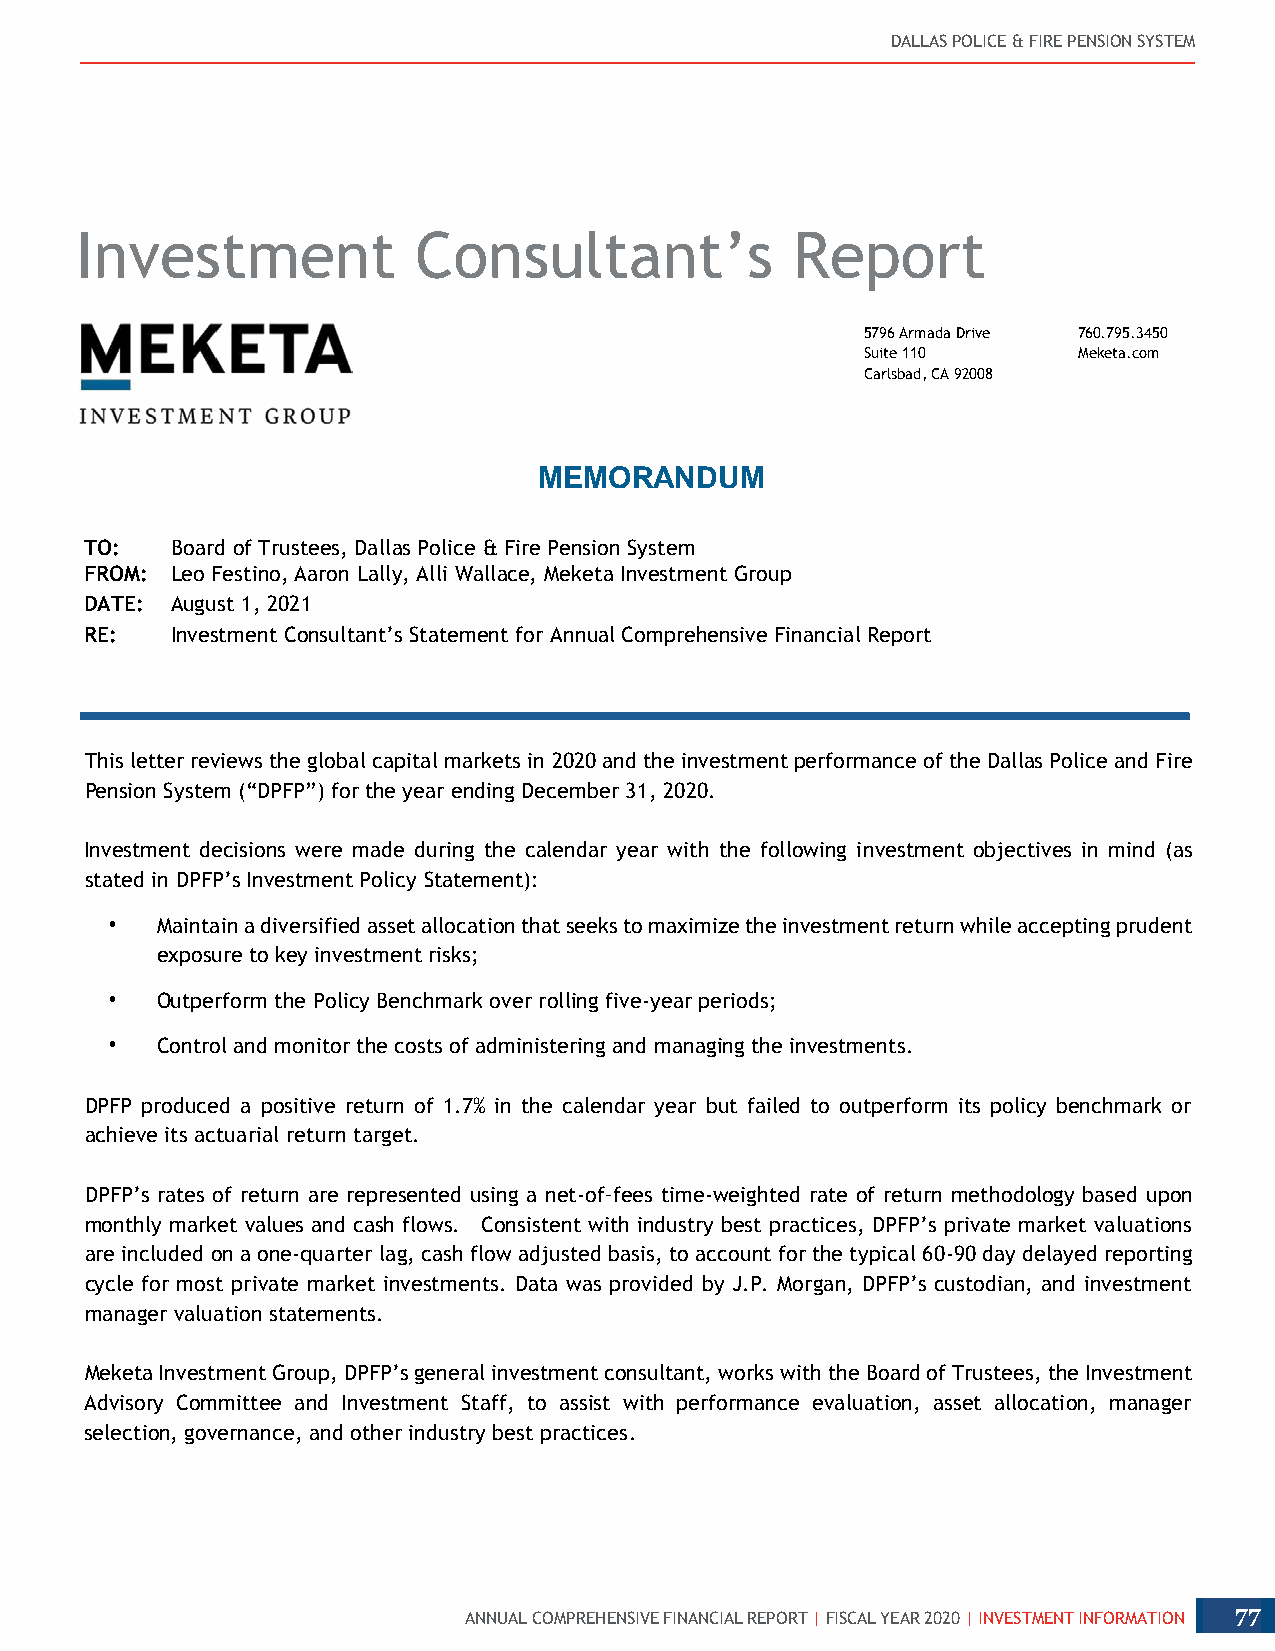
DALLAS POLICE & FIRE PENSION SYSTEM
 Investment            Consultant’s             Report
 5796 Armada Drive 760.795.3450
 Suite 110     Meketa.com
 Carlsbad, CA 92008
 MEMORANDUM
 TO:  Board of Trustees, Dallas Police & Fire Pension System
 FROM: Leo Festino, Aaron Lally, Alli Wallace, Meketa Investment Group
 DATE: August 1, 2021
 RE:  Investment Consultant’s Statement for Annual Comprehensive Financial Report
 This letter reviews the global capital markets in 2020 and the investment performance of the Dallas Police and Fire
 Pension System (“DPFP”) for the year ending December 31, 2020.
 Investment decisions were made during the calendar year with the following investment objectives in mind (as
 stated in DPFP’s Investment Policy Statement):
 •  Maintain a diversified asset allocation that seeks to maximize the investment return while accepting prudent
 exposure to key investment risks;
 •  Outperform the Policy Benchmark over rolling five-year periods;
 •  Control and monitor the costs of administering and managing the investments.
 DPFP produced a positive return of 1.7% in the calendar year but failed to outperform its policy benchmark or
 achieve its actuarial return target.
 DPFP’s rates of return are represented using a net-of–fees time-weighted rate of return methodology based upon
 monthly market values and cash flows. Consistent with industry best practices, DPFP’s private market valuations
 are included on a one-quarter lag, cash flow adjusted basis, to account for the typical 60-90 day delayed reporting
 cycle for most private market investments. Data was provided by J.P. Morgan, DPFP’s custodian, and investment
 manager valuation statements.
 Meketa Investment Group, DPFP’s general investment consultant, works with the Board of Trustees, the Investment
 Advisory Committee and Investment Staff, to assist with performance evaluation, asset allocation, manager
 selection, governance, and other industry best practices.
 ANNUAL COMPREHENSIVE FINANCIAL REPORT | FISCAL YEAR 2020 | INVESTMENT INFORMATION 77